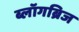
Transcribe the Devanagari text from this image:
ब्लॉगब्रिज